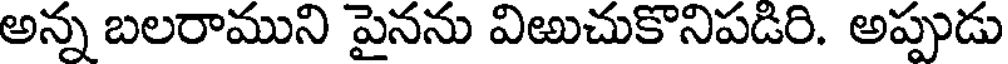
అన్న బలరాముని పైనను విఱుచుకొనిపడిరి. అప్పుడు